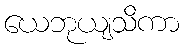
ယေဘုယျသိကာ